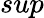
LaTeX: sup